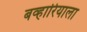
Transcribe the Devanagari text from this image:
बव्हारियाला